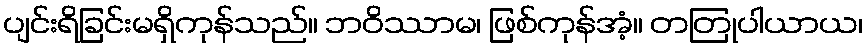
ပျင်းရိခြင်းမရှိကုန်သည်။ ဘဝိဿာမ၊ ဖြစ်ကုန်အံ့။ တတြုပါယာယ၊